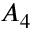
A _ { 4 }